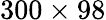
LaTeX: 300\times 98